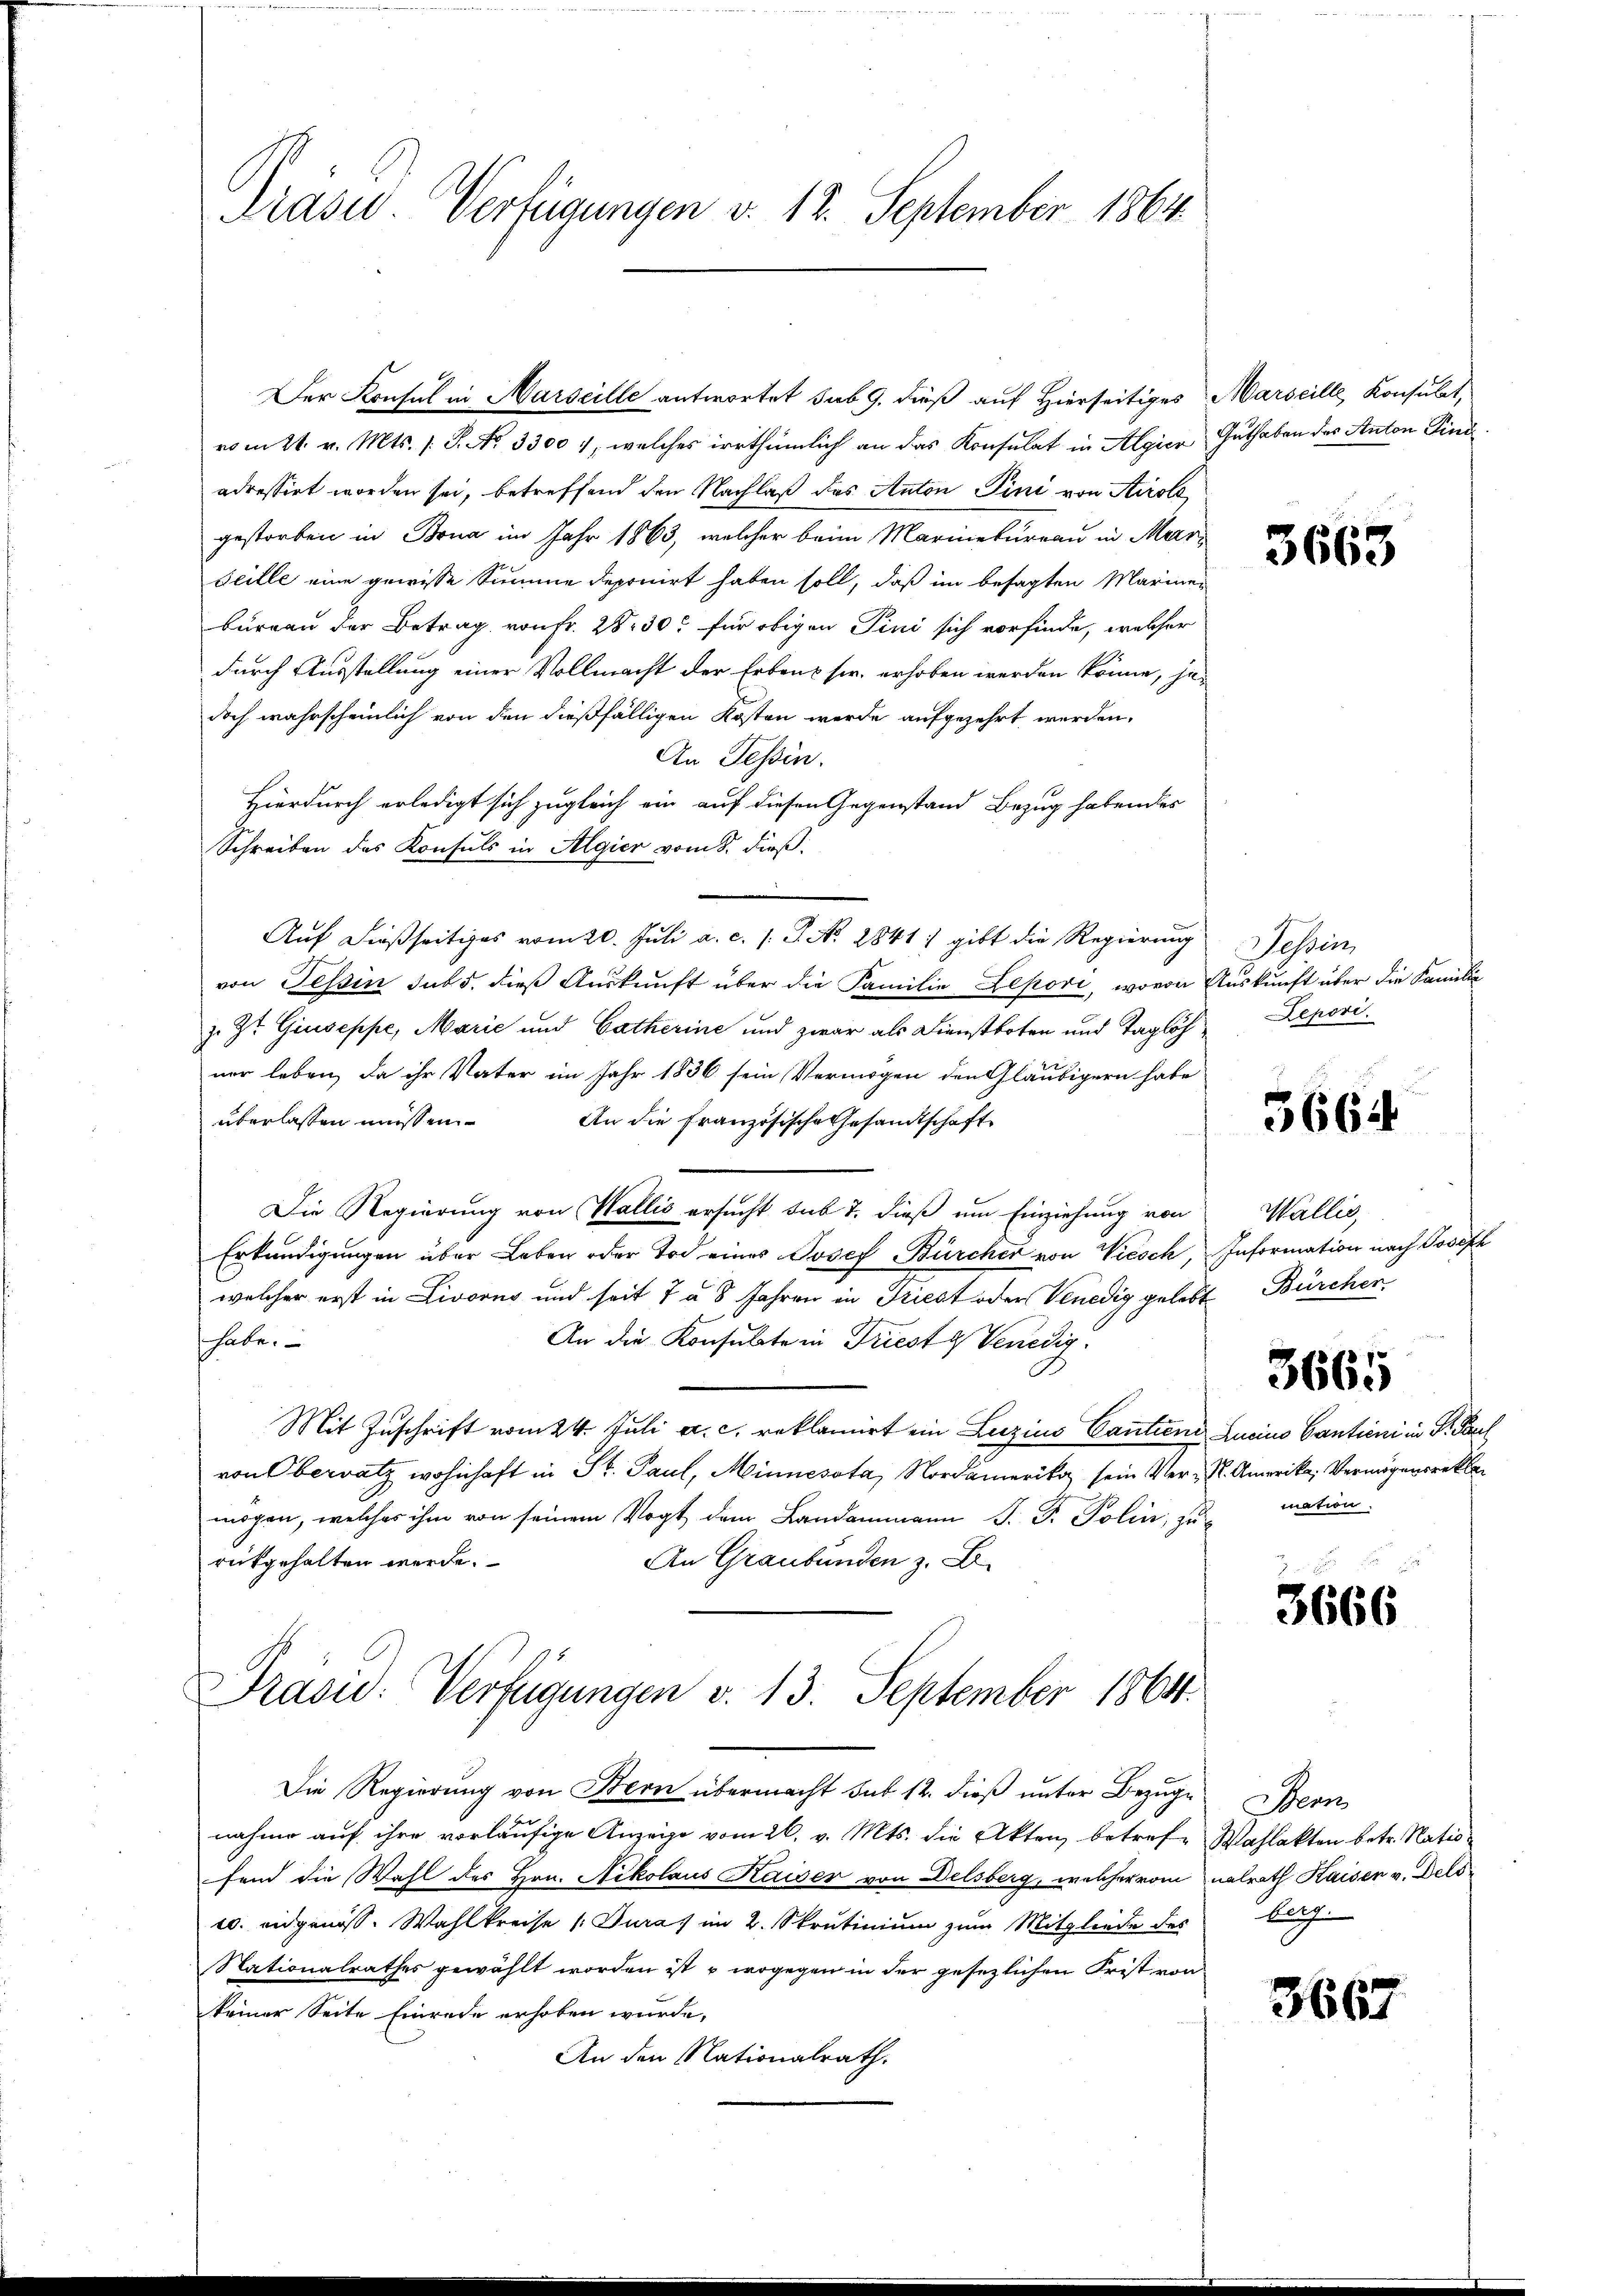
Präsid.. Verfügungen v. 12. September 1864.

Der Konsul in Marseille antwortet sub 9. dieß auf Hierseitiges Marseille, Konsulat,
vom 21. v. Mts. s. S. No. 33004, welches irrthümlich an das Konsulat in Algier Guthaben des Anton Find
adressirt worden sei, betreffend den Nachlaß des Anton Pini von Airole
gestorben in Bona im Jahr 1863, welcher beim Marinebureau in Mari
seille eine gewisse Summe deponirt haben soll, daß im besagten Marinen
bureau der Betrag von Fr. 28. 30t für obigen Pini sich vorfinde, welcher
durch Ausstellung einer Vollmacht der Erben sie, erhoben werden könne, jedoch wahrscheinlich von den dießfälligen Kosten werde aufgezehrt werden,
An Tessin.
Hierdurch erledigt sich zugleich ein auf diesen Gegenstand Bezug habendes
Schreiben das Konsuls in Algier vom 8. dieß.
Auf dießseitiges vom 20. Juli a. c. l. J. No. 2841, gibt die Regierung
von Tessin sub 5. dies Auskunft über die Familie Lepori, wovon Auskunft über die Familie
z. Zt. Giuseppe, Marie und Catherine und zwar als Dienstboten und Taglöhner leben, da ihr Vater im Jahr 1836 sein Vermögen den Gläubigern habe
überlassen müssen.
An die französische Gesandtschaft
Die Regierung von Wallis ersucht sub 7. dieß um Einziehung von
Erkundigungen über Leben oder Tod eines Josef Bürcher von Viesch, Information nach Joseph
welcher erst in Livorno und seit 7 a 8 Jahren in Friest oder Venedig gelebt Bürcher.
habe.
An die Konsulate in Trieste Venedig
Mit Zuschrift vom 24. Juli a. c. reklamirt ein Lezius Cantiene Lucino Cantieni in Dr. Paul
von Oberratz wohnhaft in St. Paul, Minnessta, Nordamerika sein Ver- S. Amerika, Vermögensrekla
mögen, welches ihm von seinem Vogt dem Landammann J. P. Polin, zurückgehalten werde.
An Graubünden z. B.
Präsid. Verfügungen v. 13. September 1864.

Die Regierung von Bern übermacht sub 12. dieß unter Bezuge
nahme aŭf ihre vorläŭfige Anzeige vom 26. v. Mts. die Akten betrefe Wahlakten betr. Natio
fend die Wahl des Hrn. Nikolaus Kaiser von Delsberg, welcher vom nalrath Kaisen v. Dels
c. eidgenoss. Wahlkreise [Jura im 2. Skrutinium zum Mitgliede des
Nationalrathes gewählt worden ist, u wogegen in der gesezlichen Frist von
keiner Seite Einrede erhoben wurde,
An den Nationalrath.

3663

Tessin
Lepori.

3664

Wallis

3665

mation.

3666

Benn
berg

3667